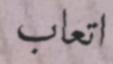
اتعاب